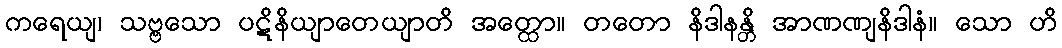
ကရေယျ၊ သဗ္ဗသော ပဋိနိယျာတေယျာတိ အတ္ထော။ တတော နိဒါနန္တိ အာဏဏျနိဒါနံ။ သော ဟိ